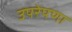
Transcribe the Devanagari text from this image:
उपरेपणा